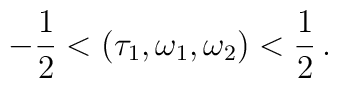
-\frac{1}{2}<(\tau_1,\omega_1,\omega_2)< \frac{1}{2}\, .